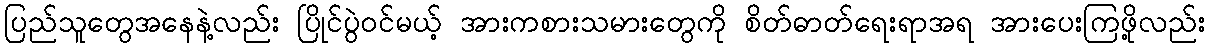
ပြည်သူတွေအနေနဲ့လည်း ပြိုင်ပွဲဝင်မယ့် အားကစားသမားတွေကို စိတ်ဓာတ်ရေးရာအရ အားပေးကြဖို့လည်း